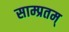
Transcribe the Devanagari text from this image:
साम्प्रतम्